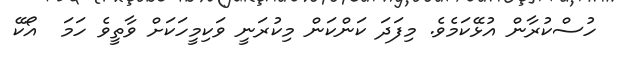
ހުސްކުރާން އުޅޭކަމެވެ. މިފަދަ ކަންކަން މިކުރަނީ ވަކިމީހަކަށް ވާތީވެ ހަމަ  އޯކޭ